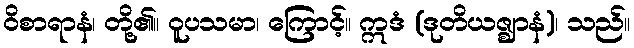
ဝိစာရာနံ၊ တို့၏။ ဝူပသမာ၊ ကြောင့်။ ဣဒံ (ဒုတိယဇ္ဈာနံ)၊ သည်။